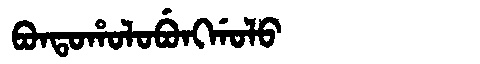
Manchu: ᠪᠣᠨᡨᠣᡥᠣᠯᠣᠪᡠᠩᡤᠣᠯᠣ
Romanization: BONTOHOLOBUNGGOLO